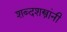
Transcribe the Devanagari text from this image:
शब्दशस्त्रांनी